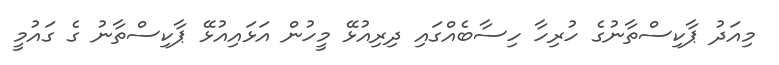
މިއަދު ޕާކިސްތާނުގެ ހުރިހާ ހިސާބެއްގައި ދިރިއުޅޭ މީހުން އަޅައިއުޅޭ ޕާކިސްތާނު ގެ ގައުމީ